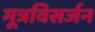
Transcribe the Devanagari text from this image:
मूत्रविसर्जन